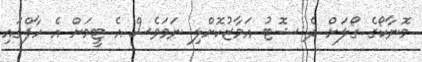
މޮނާކޯގެ ގޯލަށް ދެ ޝޮޓު އަމާޒުކޮށްލި ނަމަވެސް އެ ޓީމަށް އެ ހާފްގައި